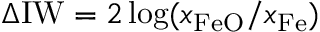
\Delta \mathrm { I W } = 2 \log ( x _ { \mathrm { F e O } } / x _ { \mathrm { F e } } )